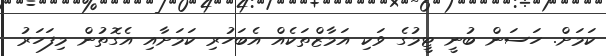
ކަމަށް. ހަސަން ބުނީ ޓީމުގެ ވަކި އަމާޒްތަކެއް އެބަހުރި ކަމަށާއި އެގޮތުން މިފަހަރު